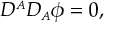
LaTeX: { \cal D } ^ { \scriptscriptstyle A } { \cal D } _ { \scriptscriptstyle A } \phi = 0 ,